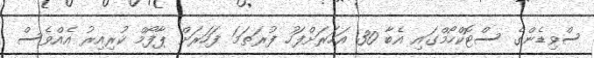
ސްވިޑެންގެ ސްޓޮކްހޯމްގައި އެބާ 30 އަހަރަށްފަހު ފުރަތަމަ ފަހަރަށް ޕާފޯމް ކުރިއިރު އެއްވެސް